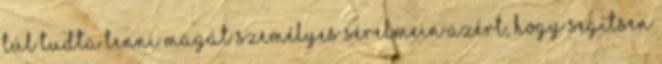
túl tudta tenni magát személyes sérelmein azért, hogy segítsen